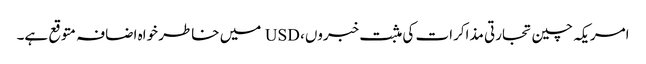
امریکہ چین تجارتی مذاکرات کی مثبت خبروں، USD میں خاطر خواہ اضافہ متوقع ہے۔